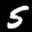
Label: 5